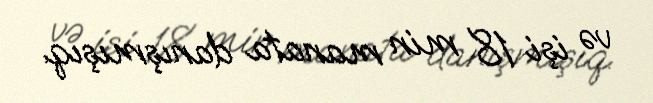
və işi 18 min manata danışmışıq.